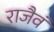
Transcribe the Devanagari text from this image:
राजैवं